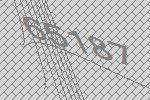
65187